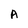
Character: A